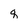
Character: q